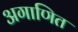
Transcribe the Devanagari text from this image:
अगाणित